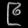
Digit: ၉